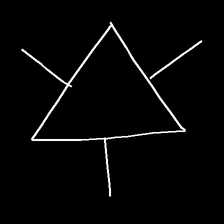
Glyph: fire